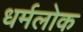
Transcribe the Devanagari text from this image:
धर्मलोक